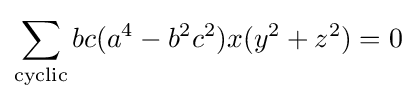
\sum _{\text{cyclic}}bc(a^{4}-b^{2}c^{2})x(y^{2}+z^{2})=0